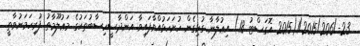
23-/1/2015/206(2015 އޮގަސްޓު 18) އިޢުލާނާ ގުޅިގެން ހުށަހަޅުއްވާފައިވާ އަންދާސީހިސާބުތަކުގެ މަޢުލޫމާތު ފުރިހަމަނުވާތީ